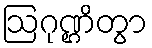
ဩဂုဏ္ဌိတွာ